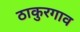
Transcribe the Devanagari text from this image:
ठाकुरगाव